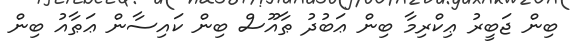
ބިން ޖަބީރު ޢިކްރިމާ ބިން ޢަބުދު ޠާއޫސް ބިން ކައިސާން ޢަޠާއު ބިން